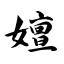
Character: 嬗